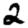
Digit: 2